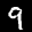
Label: 9